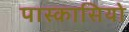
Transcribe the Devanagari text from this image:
पास्कासियो